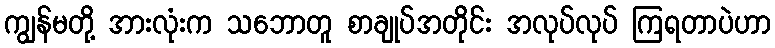
ကျွန်မတို့ အားလုံးက သဘောတူ စာချုပ်အတိုင်း အလုပ်လုပ် ကြရတာပဲဟာ